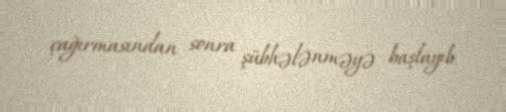
çağırmasından sonra şübhələnməyə başlayıb.